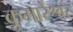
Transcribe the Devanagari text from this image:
कुमारेश्वर